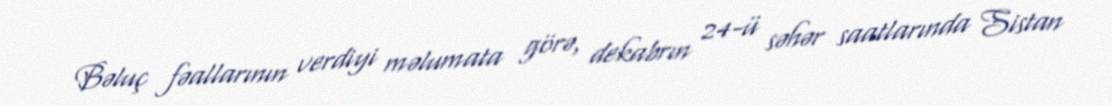
Bəluç fəallarının verdiyi məlumata görə, dekabrın 24-ü səhər saatlarında Sistan